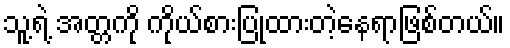
သူ့ရဲ့ အတ္တကို ကိုယ်စားပြုထားတဲ့နေရာဖြစ်တယ်။